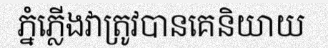
ភ្នំភ្លើងវាត្រូវបានគេនិយាយ